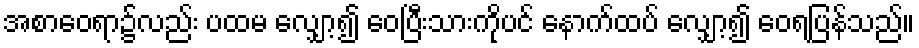
အစာဝေရာ၌လည်း ပထမ လျှော့၍ ဝေပြီးသားကိုပင် နောက်ထပ် လျှော့၍ ဝေရပြန်သည်။